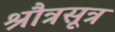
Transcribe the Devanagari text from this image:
श्रौत्रसूत्र